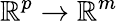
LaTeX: \mathbb R^{p}\to\mathbb R^{m}